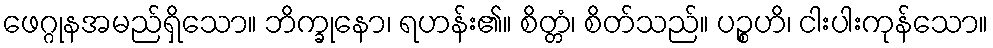
ဖေဂ္ဂုနအမည်ရှိသော။ ဘိက္ခုနော၊ ရဟန်း၏။ စိတ္တံ၊ စိတ်သည်။ ပဉ္စဟိ၊ ငါးပါးကုန်သော။